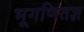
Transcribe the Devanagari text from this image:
भूगणितज्ञ